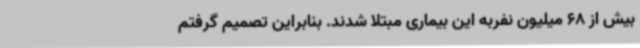
بیش از 68 میلیون نفربه این بیماری مبتلا شدند. بنابراین تصمیم گرفتم